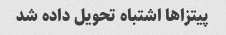
پیتزاها اشتباه تحویل داده شد